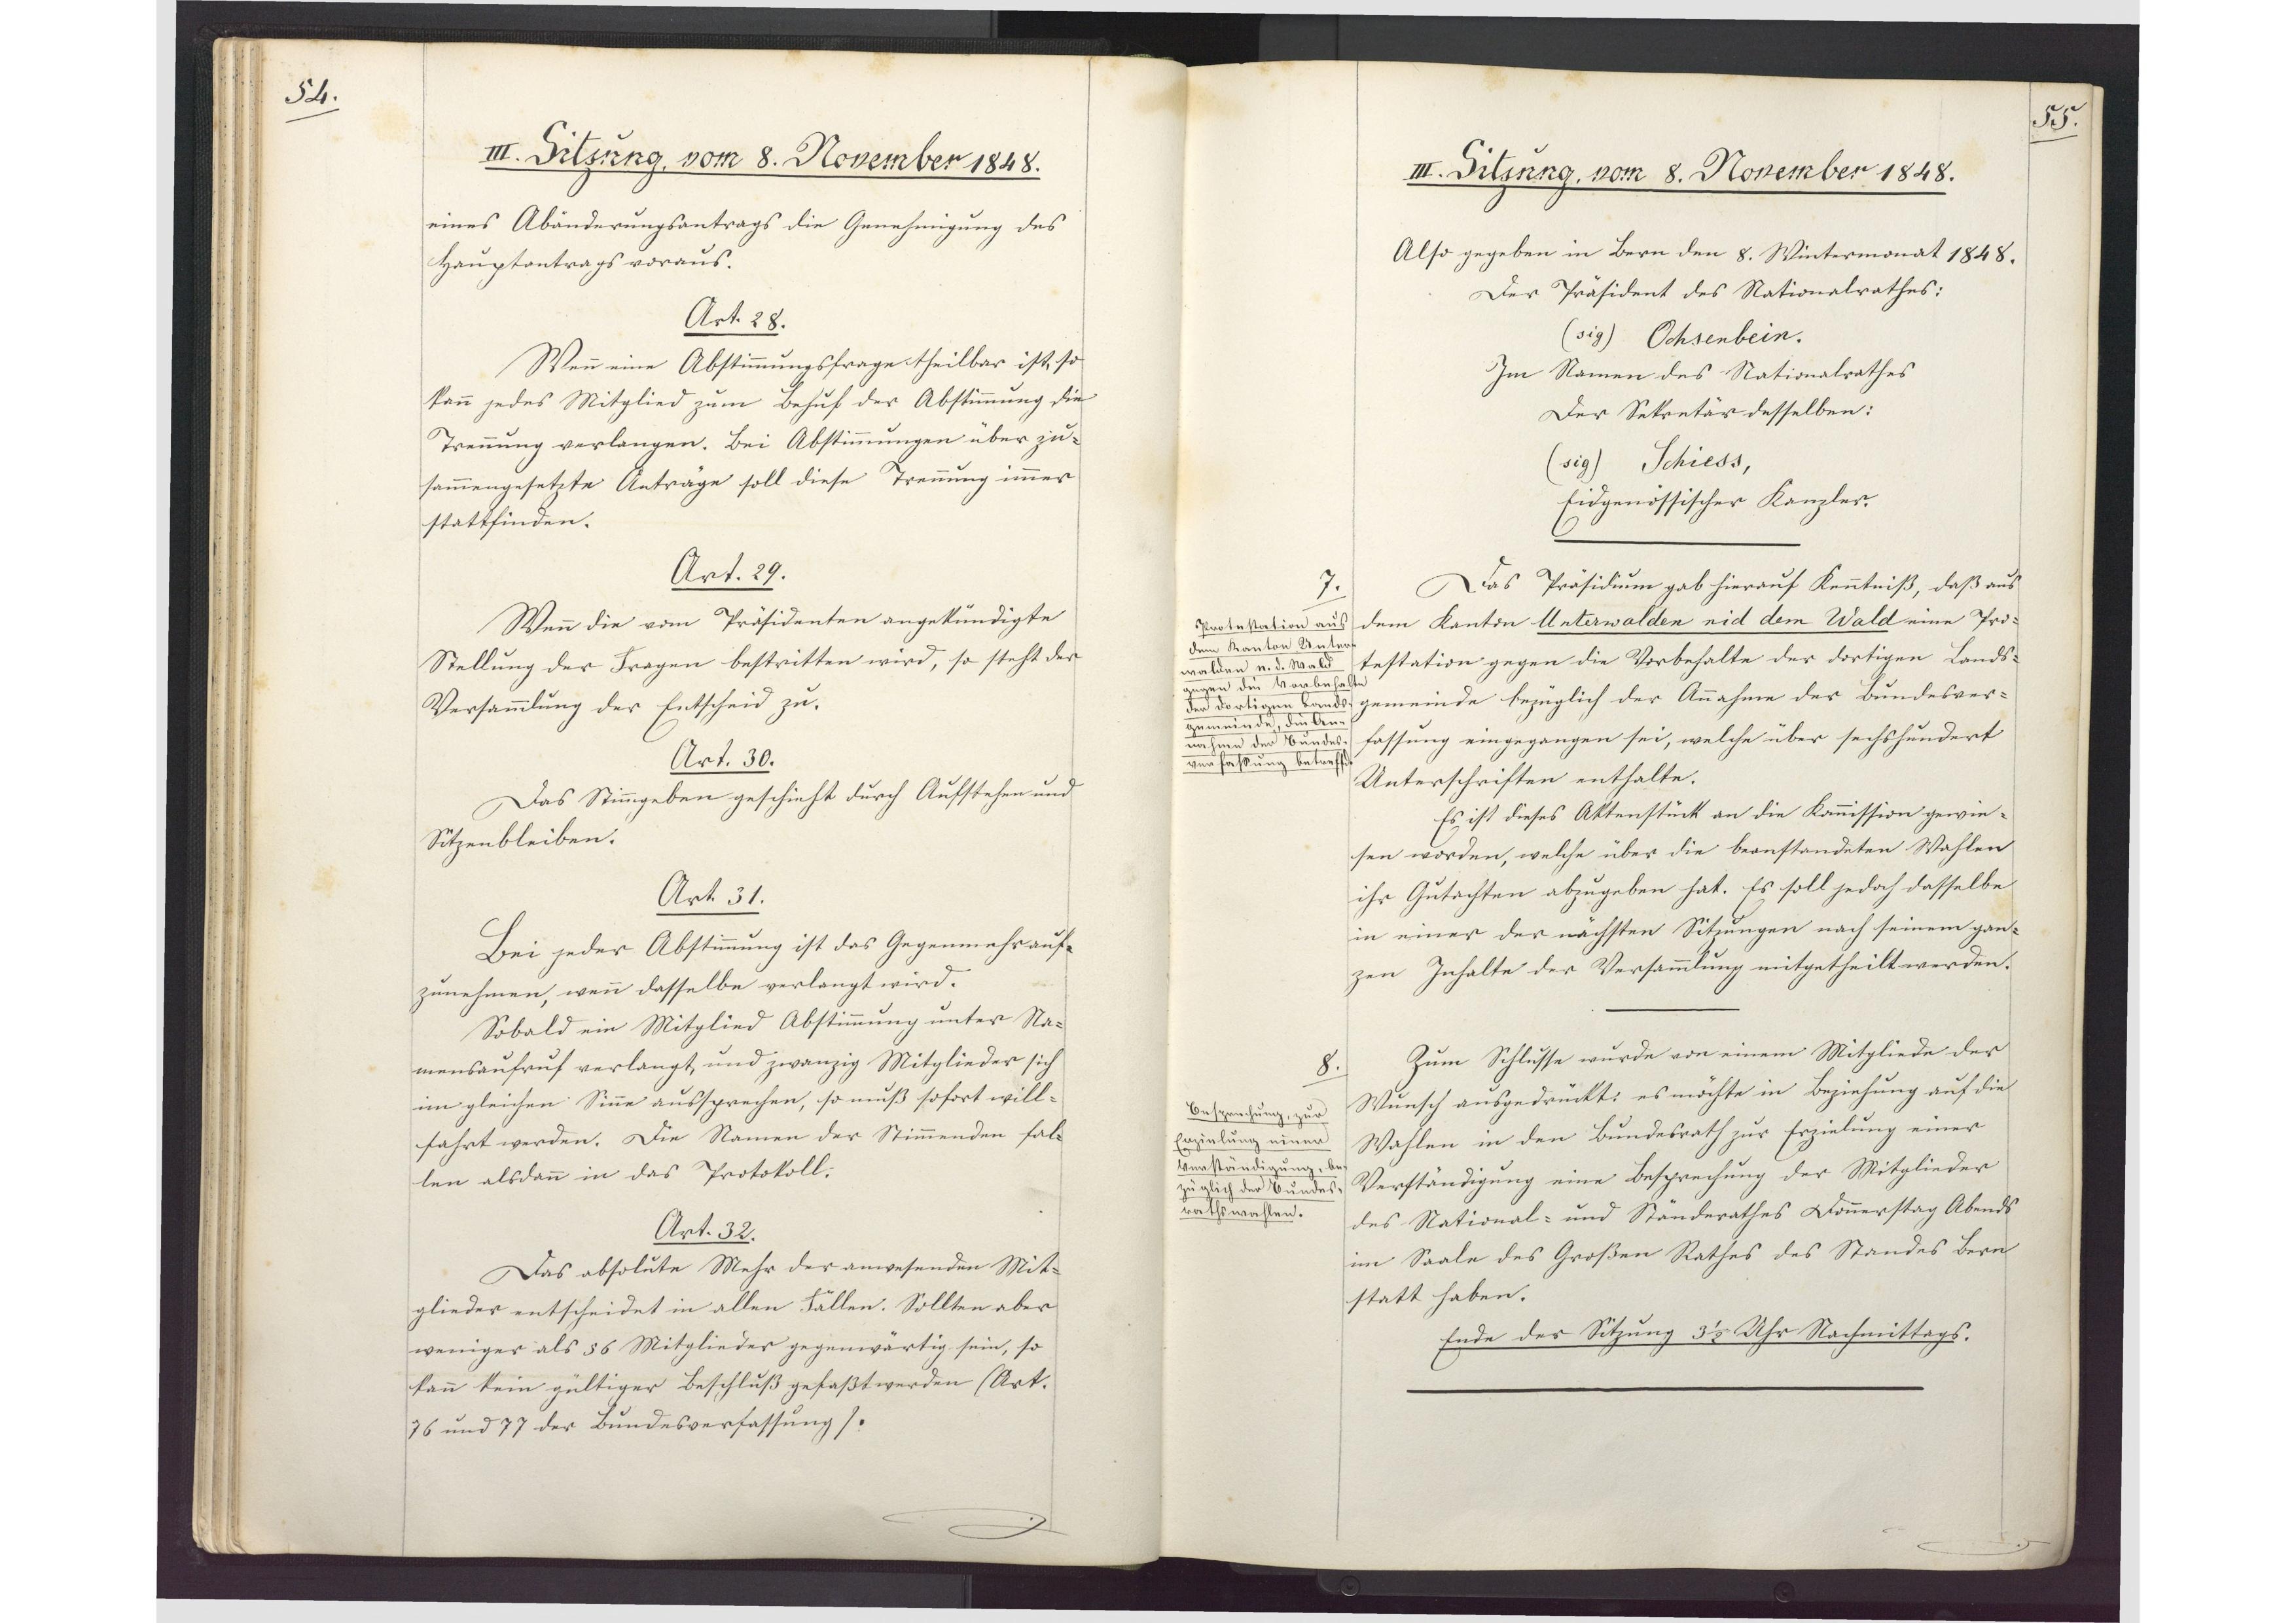
54.

III. Sitzung, vom 8. November 1848.

eines Abänderungsantrags die Genehmigung des
Hauptantrags voraus.
Art. 28.
Wenn eine Abstimmungsfrage theilbar ist, so
kann jedes Mitglied zum Behuf der Abstimmung die
Trennung verlangen. Bei Abstimmungen über zu¬
sammengesetzte Anträge soll diese Trennung immer
stattfinden.
Art. 29.
Wenn die vom Präsidenten angekündigte
Stellung der Fragen bestritten wird, so steht der
Versammlung der Entscheid zu.
Art. 30.
Das Stimmgeben geschieht durch Aufstehen und
Sitzenbleiben.
Art. 31.
Bei jeder Abstimmung ist das Gegenmehr auf¬
zunehmen, wenn dasselbe verlangt wird.
Sobald ein Mitglied Abstimmung unter Na¬
mensaufruf verlangt, und zwanzig Mitglieder sich
im gleichen Sinne aussprechen, so muß sofort will¬
fahrt werden. Die Namen der Stimmenden fal¬
len alsdann in das Protokoll.
Art. 32.
Das absolute Mehr der anwesenden Mit¬
glieder entscheidet in allen Fällen. Sollten aber
weniger als 56 Mitglieder gegenwärtig sein, so
kann kein gültiger Beschluß gefaßt werden (Art.
76 und 77 der Bundesverfassung).

55.

III. Sitzung, 8. November 1848.

Also gegeben in Bern den 8. Wintermonat 1848.
Der Präsident des Nationalrathes:
(sig) Ochsenbein.
Im Namen des Nationalrathes
Der Sekretär desselben.
(sig) Schiess,
Eidgenössischer Kanzler.
Das Präsidum gab hierauf Kenntniß, daß aus
dem Kanton Unterwalden nid dem Wald eine Pro¬
testation gegen die Vorbehalte der dortigen Lands¬
gemeinde bezüglich der Annahme der Bundesver¬
fassung eingegangen sei, welche über sechshundert
Unterschriften enthalte.
Es ist dieses Aktenstück an die Kommission gewie¬
sen worden, welche über die beanstandeten Wahlen
ihr Gutachten abzugeben hat. Es soll jedoch dasselbe
in einer der nächsten Sitzungen nach seinem gan¬
zen Inhalte der Versammlung mitgetheilt werden.
Zum Schlusse wurde von einem Mitgliede der
Wunsch ausgedrückt: es möchte in Beziehung auf die
Wahlen in den Bundesrath zur Erzielung einer
Verständigung eine Besprechung der Mitglieder
des National- und Ständerathes Donnerstag Abends
im Saale des Großen Rathes des Standes Bern
statt haben.
Ende der Sitzung 3 1/2 Uhr Nachmittags.

7.
Protestation aus
dem Kanton Unter¬
walden n. d. Wald
gegen die Vorbehalte
der dortigen Lands¬
gemeinde, die An¬
nahme der Bundes¬
verfaßung betreffend.

8.
Besprechung, zur
Erzielung einer
Verständigung, be¬
züglich der Bundes¬
rathswahlen.